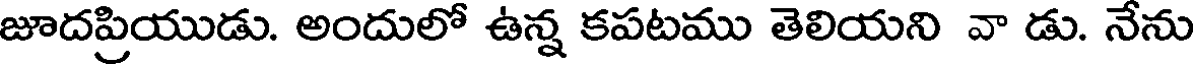
జూదప్రియుడు. అందులో ఉన్న కపటము తెలియని వా డు. నేను